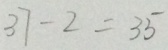
3 7 - 2 = 3 5